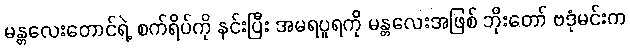
မန္တလေးတောင်ရဲ့ စက်ရိပ်ကို နင်းပြီး အမရပူရကို မန္တလေးအဖြစ် ဘိုးတော် ဗဒုံမင်းက